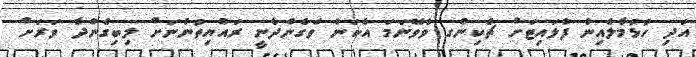
އަދި ހުޅުމާލެއިން ފްލައިޓަށް ޗެކިންގ ވެވޭނަމަ އެކަން ވެގެންދާނީ ރައްޔިތުންނަށް ލިބިގެންދާ ވަރަށް